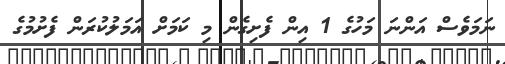
ނަމަވެސް އަންނަ މަހުގެ 1 އިން ފެށިގެން މި ކަމަށް އަމަލުކުރަން ފެށުމުގެ